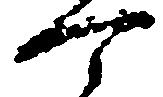
可